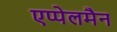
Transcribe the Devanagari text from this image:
एप्पेलमैन